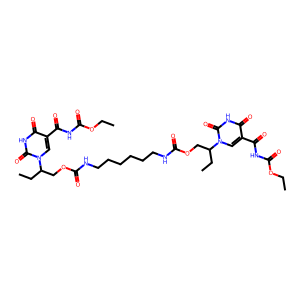
SMILES: CCOC(=O)NC(=O)c1cn(C(CC)COC(=O)NCCCCCCNC(=O)OCC(CC)n2cc(C(=O)NC(=O)OCC)c(=O)[nH]c2=O)c(=O)[nH]c1=O
Inhibits HIV replication: No